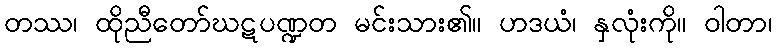
တဿ၊ ထိုညီတော်ဃဋပဏ္ဍတ မင်းသား၏။ ဟဒယံ၊ နှလုံးကို။ ဝါတာ၊